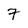
Character: 7